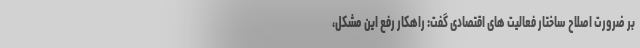
بر ضرورت اصلاح ساختار فعالیت های اقتصادی گفت: راهکار رفع این مشکل،